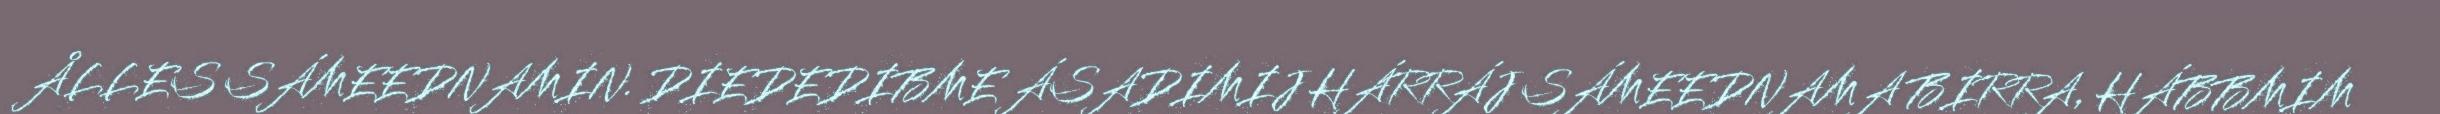
ÅLLES SÁMEEDNAMIN. DIEDEDIBME ÁSADIMIJ HÁRRÁJ SÁMEEDNAMA BIRRA, HÁBBMIM